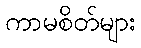
ကာမစိတ်များ